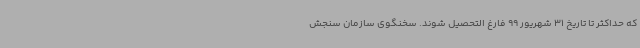
که حداکثر تا تاریخ 31 شهریور 99 فارغ التحصیل شوند. سخنگوی سازمان سنجش